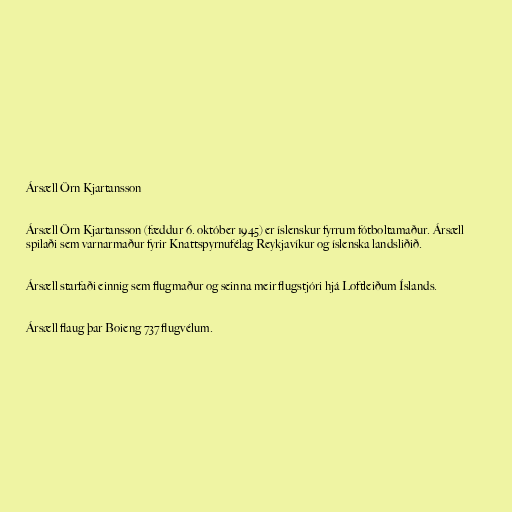
Ársæll Örn Kjartansson

Ársæll Örn Kjartansson (fæddur 6. október 1945) er íslenskur fyrrum fótboltamaður. Ársæll
spilaði sem varnarmaður fyrir Knattspyrnufélag Reykjavíkur og íslenska landsliðið.

Ársæll starfaði einnig sem flugmaður og seinna meir flugstjóri hjá Loftleiðum Íslands.

Ársæll flaug þar Boieng 737 flugvélum.